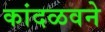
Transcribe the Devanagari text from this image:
कांदळवने